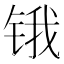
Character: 锇